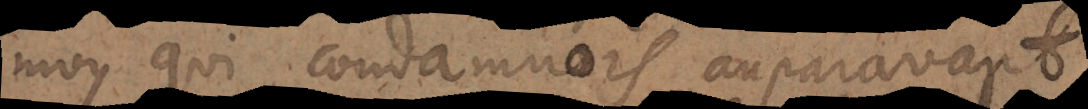
moy qui condamnois auparavant